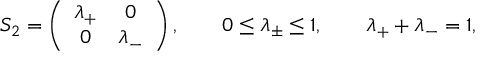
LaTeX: S _ { 2 } = \left( \begin{array} { c c } { { \lambda _ { + } } } & { { 0 } } \\ { { 0 } } & { { \lambda _ { - } } } \end{array} \right) , \qquad 0 \le \lambda _ { \pm } \le 1 , \qquad \lambda _ { + } + \lambda _ { - } = 1 ,